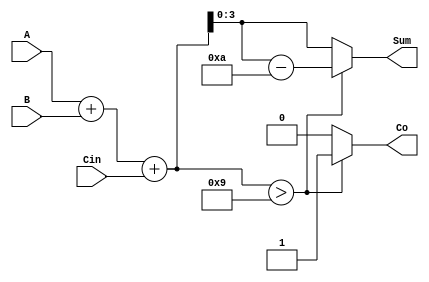
//6 BCD

// assign  
module BCDadder (
    input [3:0]A,B,
    input Cin,
    output wire [3:0] Sum,
    output wire Co
	);

    wire [4:0] temp;
    
    assign temp = A + B + Cin;
	assign Sum = (temp > 4'd9) ? temp - 4'd10 : temp;
	assign Co =  (temp > 4'd9) ? 1 : 0;

endmodule


// always 
// module BCDadder(
// 	input[3:0] A, B,
// 	input Cin, 

// 	output reg [3:0] Sum,
// 	output reg Co
// 	);

// 	reg[4:0] temp;	

// 	always @(A, B, Cin) begin
// 		temp = A + B + Cin;
// 		Sum = (temp > 4'd9) ? temp - 4'd10 : temp;
// 		Co = (temp > 4'd9) ? 1 : 0;
// 	end

// endmodule